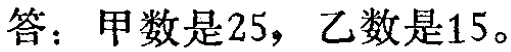
答：甲数是\(25\)，乙数是\(15\)。